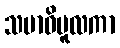
သမာဓိမူလကာ